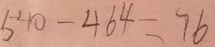
5 4 0 - 4 6 4 = 7 6